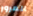
المرور